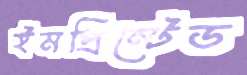
ইমপ্রিন্টেড